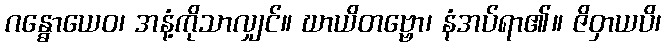
ဂန္ဓောယေဝ၊ အနံ့ကိုသာလျှင်။ ဃာယိတဗ္ဗော၊ နံအပ်ရာ၏။ ဇိဝှာယပိ၊